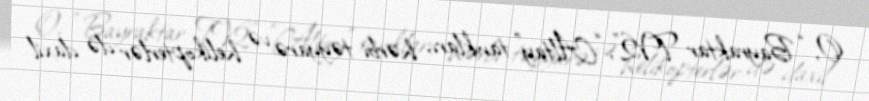
O, “Bayraktar TV2”, “Altay” tankları, hərbi təyyarə və helikopterlər də daxil